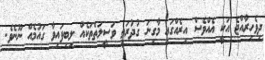
ދިވެހިރާއްޖެ އަކީ އެއްވެސް އިރެއްގައި މާގިނަ ގުދުރަތީ ވަސީލަތްތަކެއް ލިބިފައިވާ ގައުމެއް ނޫނެވެ.